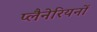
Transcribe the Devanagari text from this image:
प्लैनेरियनों